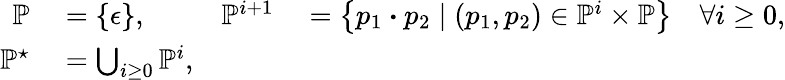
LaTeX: \begin{array}{rlrl}{\mathbb{P}}&{{}=\{ \epsilon\} ,}&{\mathbb{P}^{i+1}}&{{}=\left\{ p_{1}\boldsymbol{\cdot}p_{2}\; |\; (p_{1},p_{2})\in\mathbb{P}^{i}\times\mathbb{P}\right\} \quad\forall i\geq 0,}\\ {\mathbb{P}^{\star}}&{{}=\bigcup_{i\geq 0}\mathbb{P}^{i},}\end{array}